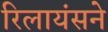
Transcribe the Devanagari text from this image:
रिलायंसने